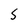
Character: S